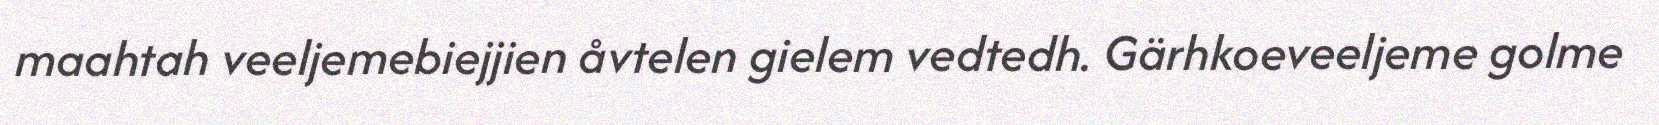
maahtah veeljemebiejjien åvtelen gielem vedtedh. Gärhkoeveeljeme golme